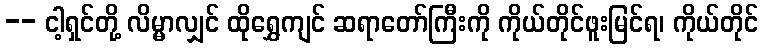
-- ငါ့ရှင်တို့ လိမ္မာလျှင် ထိုရွှေကျင် ဆရာတော်ကြီးကို ကိုယ်တိုင်ဖူးမြင်ရ၊ ကိုယ်တိုင်